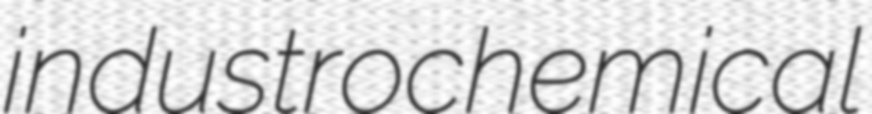
industrochemical